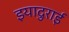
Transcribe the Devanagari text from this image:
इयादुराई